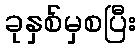
ခုနှစ်မှစပြီး